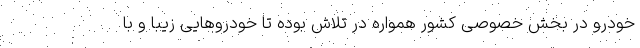
خودرو در بخش خصوصی کشور همواره در تلاش بوده تا خودروهایی زیبا و با